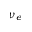
\nu _ { e }